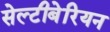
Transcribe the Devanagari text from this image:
सेल्टीबेरियन